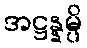
အဋ္ဌန္နမ္ပိ